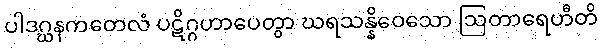
ပါဒဂ္ဃနကတေလံ ပဋိဂ္ဂဟာပေတွာ ဃရသန္နိဝေသော ဩတာရေဟီတိ